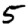
Digit: 5